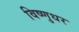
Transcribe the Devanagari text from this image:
विष्णुधर